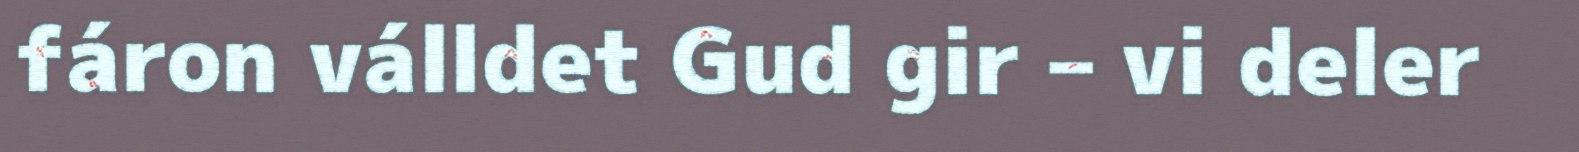
fáron válldet Gud gir – vi deler